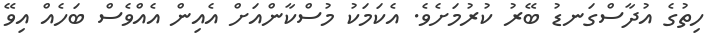
ހިތުގެ އުދާސްގަނޑު ބޭރު ކުރުމަށެވެ. އެކަމަކު މުސްކާންއަށް އެއިން އެއްވެސް ބަހެއް އިވޭ